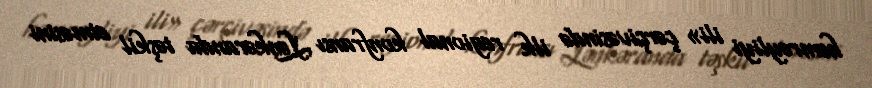
həmrəyliyi ili» çərçivəsində ilk regional konfransı Lənkəranda təşkil etməsini